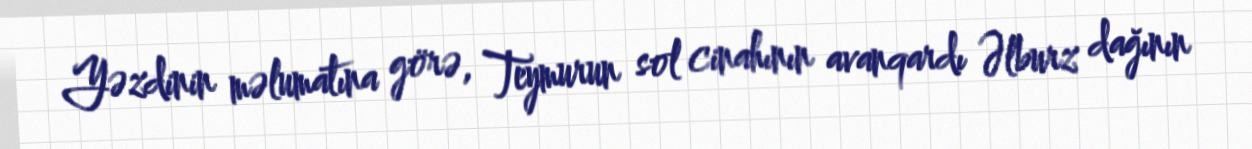
Yəzdinin məlumatına görə, Teymurun sol cinahının avanqardı Əlburz dağının